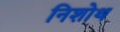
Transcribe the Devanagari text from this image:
निशोथ